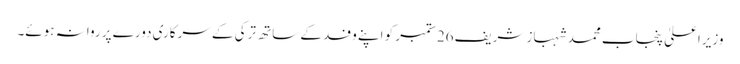
وزیراعلیٰ پنجاب محمد شہباز شریف26ستمبر کو اپنے وفد کے ساتھ ترکی کے سرکاری دورے پر روانہ ہوئے۔